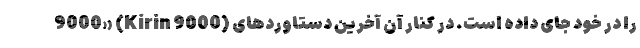
9000» (Kirin 9000) را در خود جای داده است. در کنار آن آخرین دستاوردهای